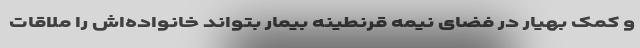
و کمک بهیار در فضای نیمه قرنطینه بیمار بتواند خانواده‌اش را ملاقات